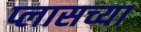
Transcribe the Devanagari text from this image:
प्लासच्या